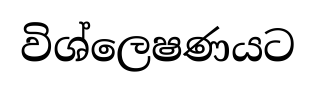
විශ්ලෙෂණයට